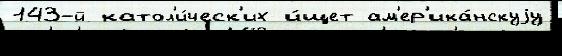
143-й катол'и́ческ'их и́щет ам'ер'ика́нскуjу